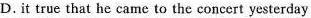
D.it true that he came to the concert yesterday